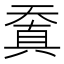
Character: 𠔬